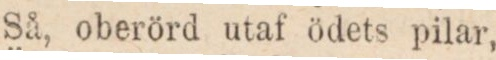
Så, oberörd utaf ödets pilar,